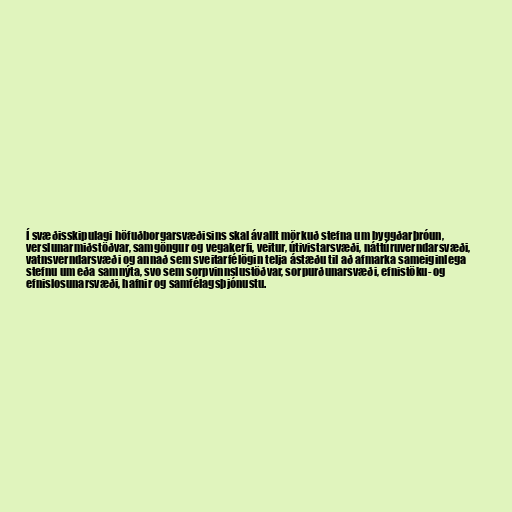
Í svæðisskipulagi höfuðborgarsvæðisins skal ávallt mörkuð stefna um byggðarþróun,
verslunarmiðstöðvar, samgöngur og vegakerfi, veitur, útivistarsvæði, náttúru­verndar­svæði,
vatnsverndarsvæði og annað sem sveitarfélögin telja ástæðu til að afmarka sameiginlega
stefnu um eða samnýta, svo sem sorpvinnslustöðvar, sorpurð­unarsvæði, efnistöku- og
efnislosunarsvæði, hafnir og samfélagsþjónustu.